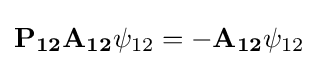
\mathbf {P_{12}} \mathbf {A_{12}} \psi _{12}=-\mathbf {A_{12}} \psi _{12}